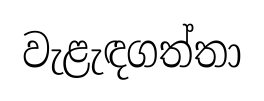
වැළැඳගත්තා